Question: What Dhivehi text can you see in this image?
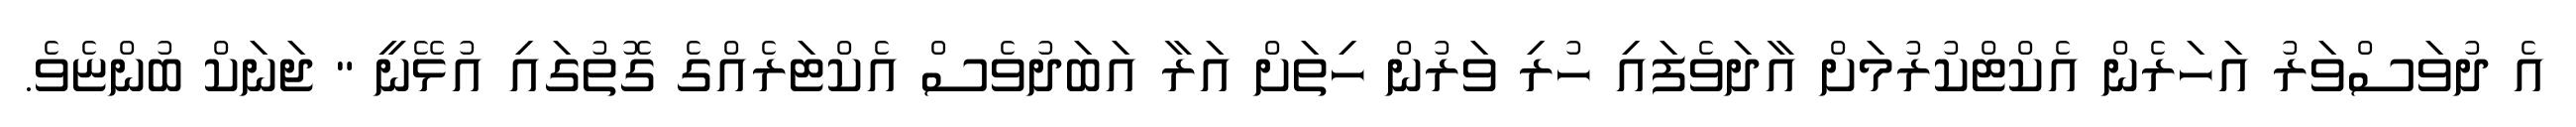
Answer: އެ ދުވަސްވަރު އަހަރެން އެކްޓްކުރުމަށް އާދަވެފައި ހުރި ވަރުން ހިތަށް އަރާ އަބަދުވެސް އެކްޓަރެއްގެ ގޮތުގައި އުޅޭނީ " ޖަނަކް ބުންޏެވެ.